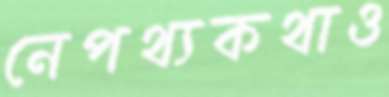
নেপথ্যকথাও